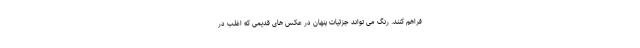
فراهم کنند. رنگ می تواند جزئیات پنهان در عکس های قدیمی که اغلب در